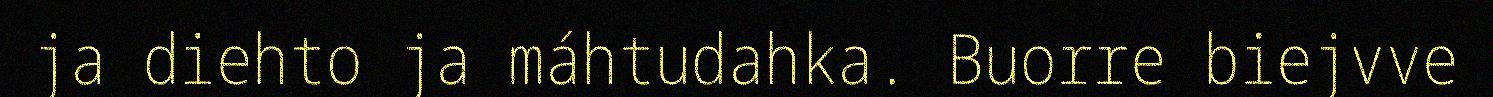
ja diehto ja máhtudahka. Buorre biejvve